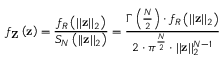
f _ { \mathbf { Z } } \left( \mathbf { z } \right) = \frac { f _ { R } \left( \lvert \lvert \mathbf { z } \rvert \rvert _ { 2 } \right) } { S _ { N } \left( \lvert \lvert \mathbf { z } \rvert \rvert _ { 2 } \right) } = \frac { \Gamma \left( \frac { N } { 2 } \right) \cdot f _ { R } \left( \lvert \lvert \mathbf { z } \rvert \rvert _ { 2 } \right) } { 2 \cdot \pi ^ { \frac { N } { 2 } } \cdot \lvert \lvert \mathbf { z } \rvert \rvert _ { 2 } ^ { N - 1 } }